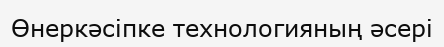
Өнеркәсіпке технологияның әсері